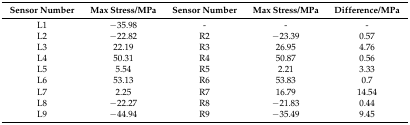
| Sensor Number | Max Stress/MPa | Sensor Number | Max Stress/MPa | Difference/MPa |
 | --- | --- | --- | --- | --- |
 | L1 | −35.98 | - | - | - |
 | L2 | −22.82 | R2 | −23.39 | 0.57 |
 | L3 | 22.19 | R3 | 26.95 | 4.76 |
 | L4 | 50.31 | R4 | 50.87 | 0.56 |
 | L5 | 5.54 | R5 | 2.21 | 3.33 |
 | L6 | 53.13 | R6 | 53.83 | 0.7 |
 | L7 | 2.25 | R7 | 16.79 | 14.54 |
 | L8 | −22.27 | R8 | −21.83 | 0.44 |
 | L9 | −44.94 | R9 | −35.49 | 9.45 |